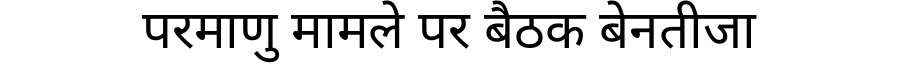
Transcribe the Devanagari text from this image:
परमाणु मामले पर बैठक बेनतीजा